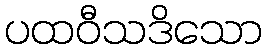
ပထဝီသဒိသော